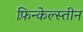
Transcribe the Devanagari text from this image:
फ़िन्केल्स्तीन